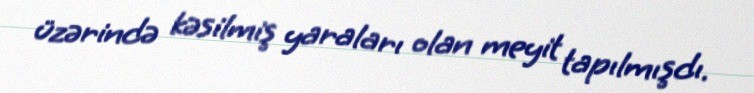
üzərində kəsilmiş yaraları olan meyit tapılmışdı.